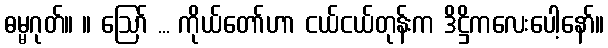
ဓမ္မဂုတ်။ ။ ဩော် ... ကိုယ်တော်ဟာ ငယ်ငယ်တုန်းက ဒိဋ္ဌိကလေးပေါ့နော်။